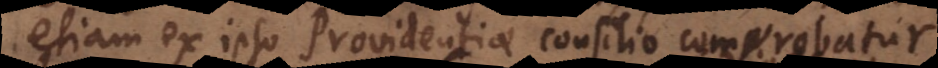
etiam ex ipso Providentiae consilio comprobatur.